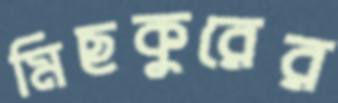
মিছকুরের